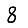
Digit: 8